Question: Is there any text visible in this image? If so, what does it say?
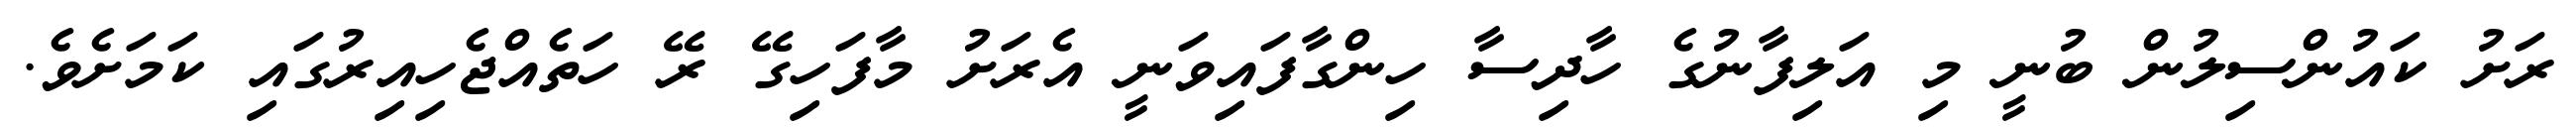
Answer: ރަށު ކައުންސިލުން ބުނީ މި އަލިފާނުގެ ހާދިސާ ހިންގާފައިވަނީ އެރަށު މާފަހިގޭ ރޭ ހަތެއްޖެހިއިރުގައި ކަމަށެވެ.